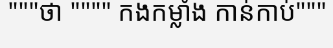
"""ថា """" កងកម្លាំង កាន់កាប់"""